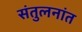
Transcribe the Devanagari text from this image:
संतुलनांत